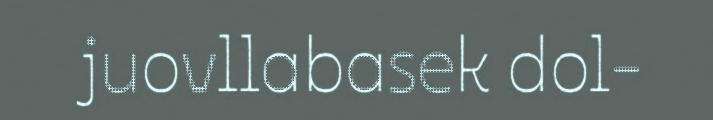
juovllabasek dol-